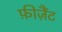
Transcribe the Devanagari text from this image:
फ़ीज़ैंट